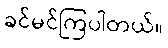
ခင်မင်ကြပါတယ်။